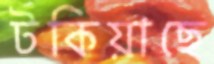
টকিয়াছে